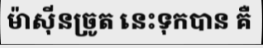
ម៉ាស៊ីនច្រូត នេះទុកបាន គឺ